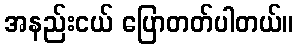
အနည်းငယ် ပြောတတ်ပါတယ်။